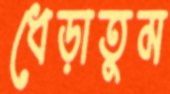
ধেড়াতুম